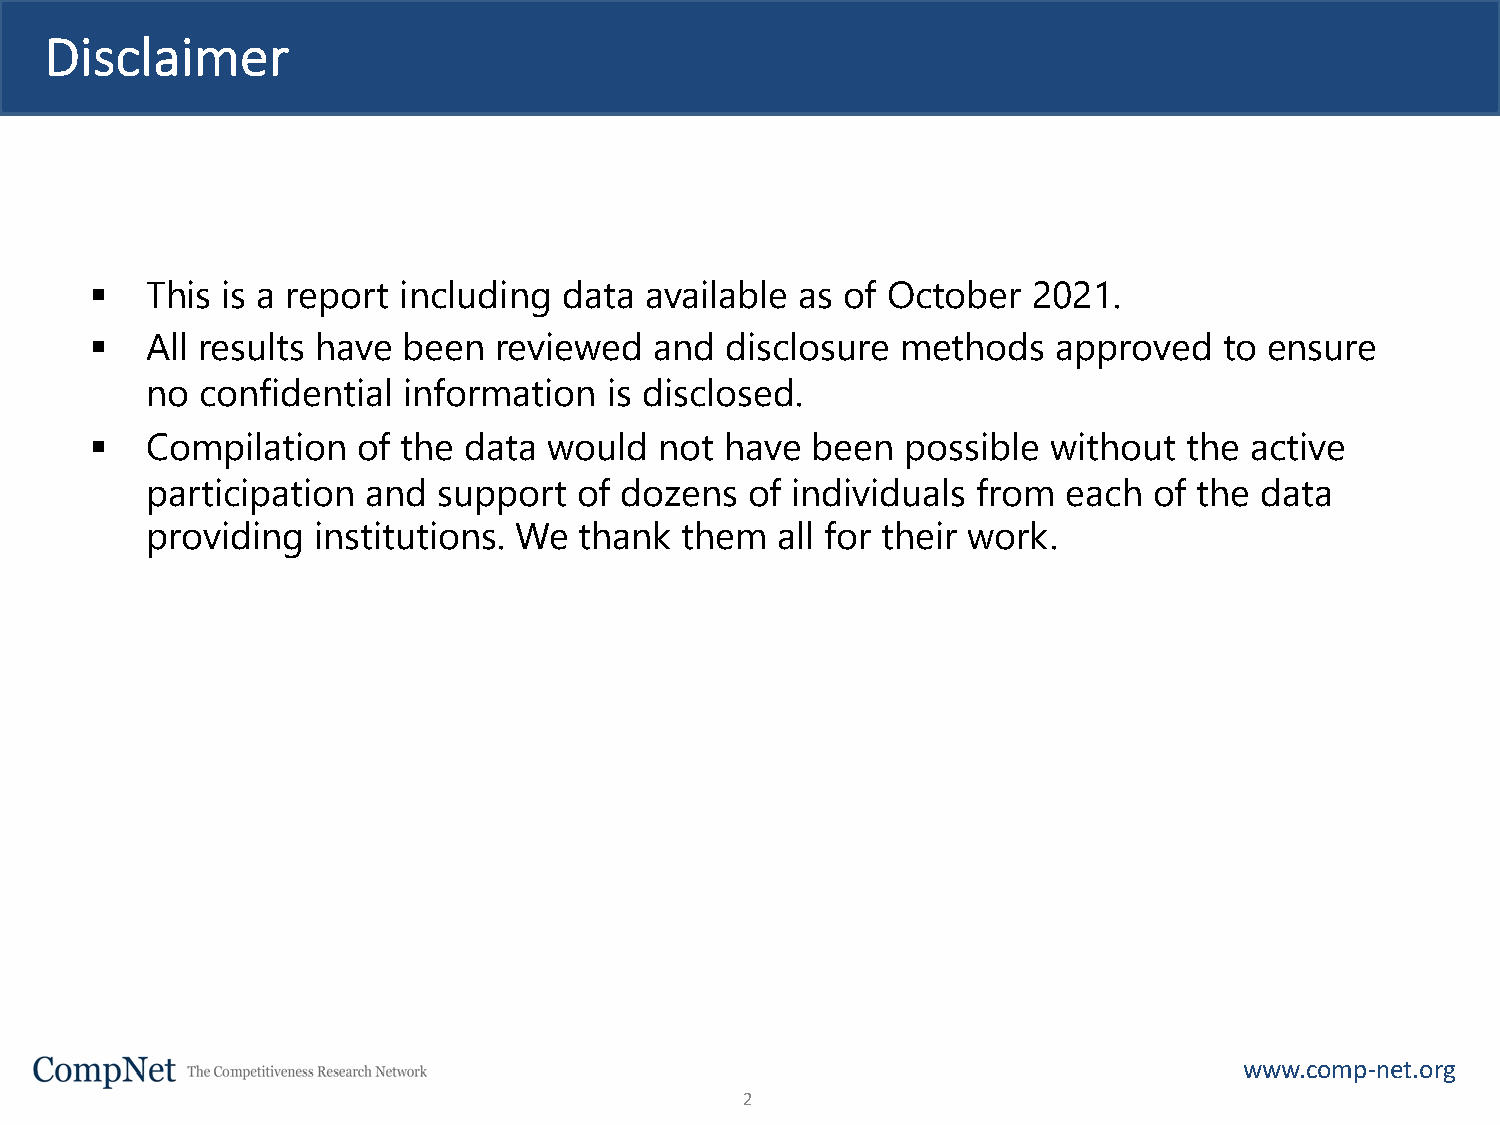
Disclaimer
 §   This is a report including data  available as of October  2021.
 §   All results have been  reviewed  and  disclosure  methods   approved   to ensure
 no confidential  information  is disclosed.
 §   Compilation   of the data would   not have  been  possible  without  the active
 participation and  support  of dozens   of individuals from  each of the data
 providing  institutions. We thank  them  all for their work.
 www.comp-net.org
 2